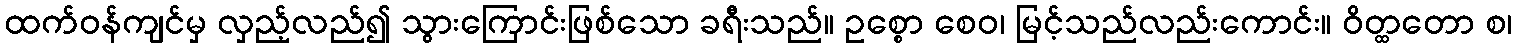
ထက်ဝန်ကျင်မှ လှည့်လည်၍ သွားကြောင်းဖြစ်သော ခရီးသည်။ ဥစ္စော စေဝ၊ မြင့်သည်လည်းကောင်း။ ဝိတ္ထတော စ၊